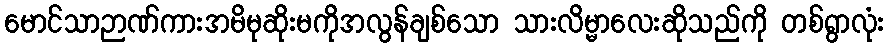
မောင်သာဉာဏ်ကားအမိမုဆိုးမကိုအလွန်ချစ်သော သားလိမ္မာလေးဆိုသည်ကို တစ်ရွာလုံး